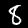
Label: 8